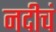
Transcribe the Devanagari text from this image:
नदीचं